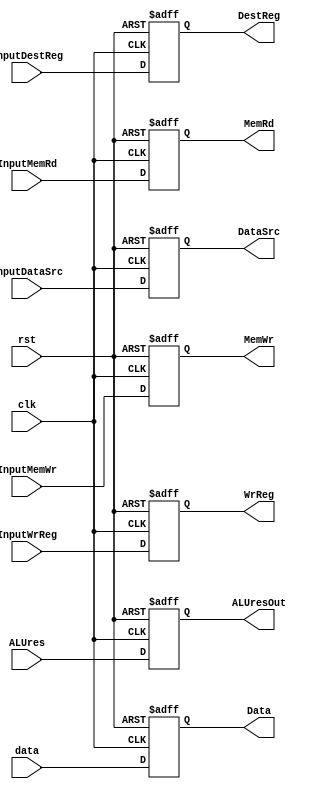
module EXandMEM(input clk, rst,input[31:0] ALUres, input[31:0] data, input[4:0] InputDestReg, input InputMemRd, InputMemWr, InputWrReg, InputDataSrc,
       output reg [31:0]ALUresOut, output reg [31:0] Data, output reg[4:0] DestReg, output reg  MemRd, MemWr, WrReg, DataSrc);
       
       always@(posedge clk, posedge rst) begin
         if(rst) {ALUresOut, Data, DestReg, MemRd, MemWr, WrReg, DataSrc} <= 73'b0;
         else begin
            ALUresOut <= ALUres;
            Data <= data;
            DestReg <= InputDestReg;
            MemRd <= InputMemRd;
            MemWr <= InputMemWr;
            WrReg <= InputWrReg;
            DataSrc <= InputDataSrc;
         end
       end
  
endmodule